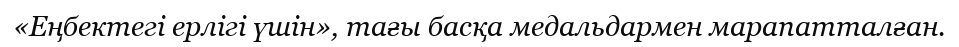
«Еңбектегі ерлігі үшін», тағы басқа медальдармен марапатталған.